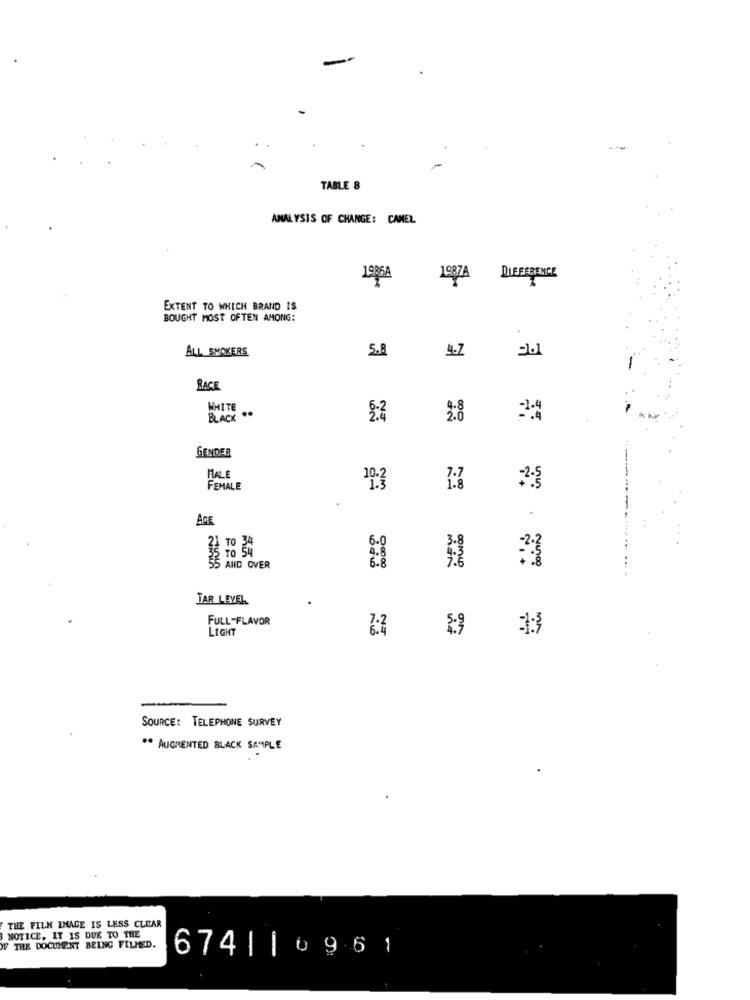
TABLE 8
ANALYSIS OF CHANGE: CAMEL
1986A
1987A
DIFFERENCE
EXTENT TO WHICH BRAND IS
BOUGHT MOST OFTEN AMONG:
ALL SMOKERS
5.8
4.7
RACE
WHITE
BLACK ..
2.8
GENDER
MALE
FEMALE
10:3
-2-5
AGE
21 TO 34
5 AND OVER
TAR LEYEL
FULL-FLAVOR
LIGHT
6:4
SOURCE: TELEPHONE SURVEY
** AUGMENTED BLACK SAMPLE
NOTICE, IT IS DUE TO THE
THE FILM IMAGE IS LESS CLICAR
IF THE DOCUMENT BEING FILMED.
674| |0961